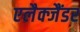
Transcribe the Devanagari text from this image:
एलैक्जैंडर